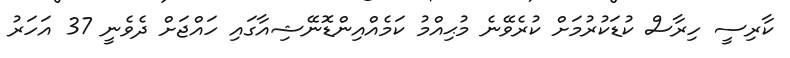
ކާރިސީ ހިރާސް ކުޑަކުރުމަށް ކުރެވޭނެ މުޙިއްމު ކަމެއްއިންޑޮނޭޝިއާގައި ހައްޖަށް ދެވެނީ 37 އަހަރު